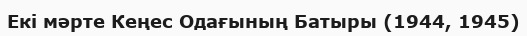
Екі мәрте Кеңес Одағының Батыры (1944, 1945)